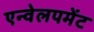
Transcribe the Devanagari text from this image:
एन्वेलपमेंट